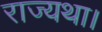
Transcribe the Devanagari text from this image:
राज्यथा।